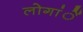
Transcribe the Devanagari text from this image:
लोगांें